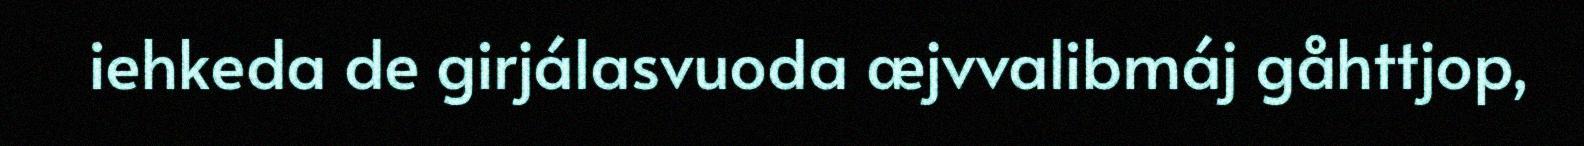
iehkeda de girjálasvuoda æjvvalibmáj gåhttjop,